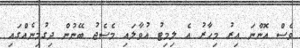
ވެސް އޮންނަ އިރު މިހާރު އެ ލިމިޓު އުވާލައި މެސެޖު ބޭނުން ދިގުމިނެއްގައި